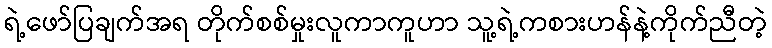
ရဲ့ဖော်ပြချက်အရ တိုက်စစ်မှုးလူကာကူဟာ သူ့ရဲ့ကစားဟန်နဲ့ကိုက်ညီတဲ့